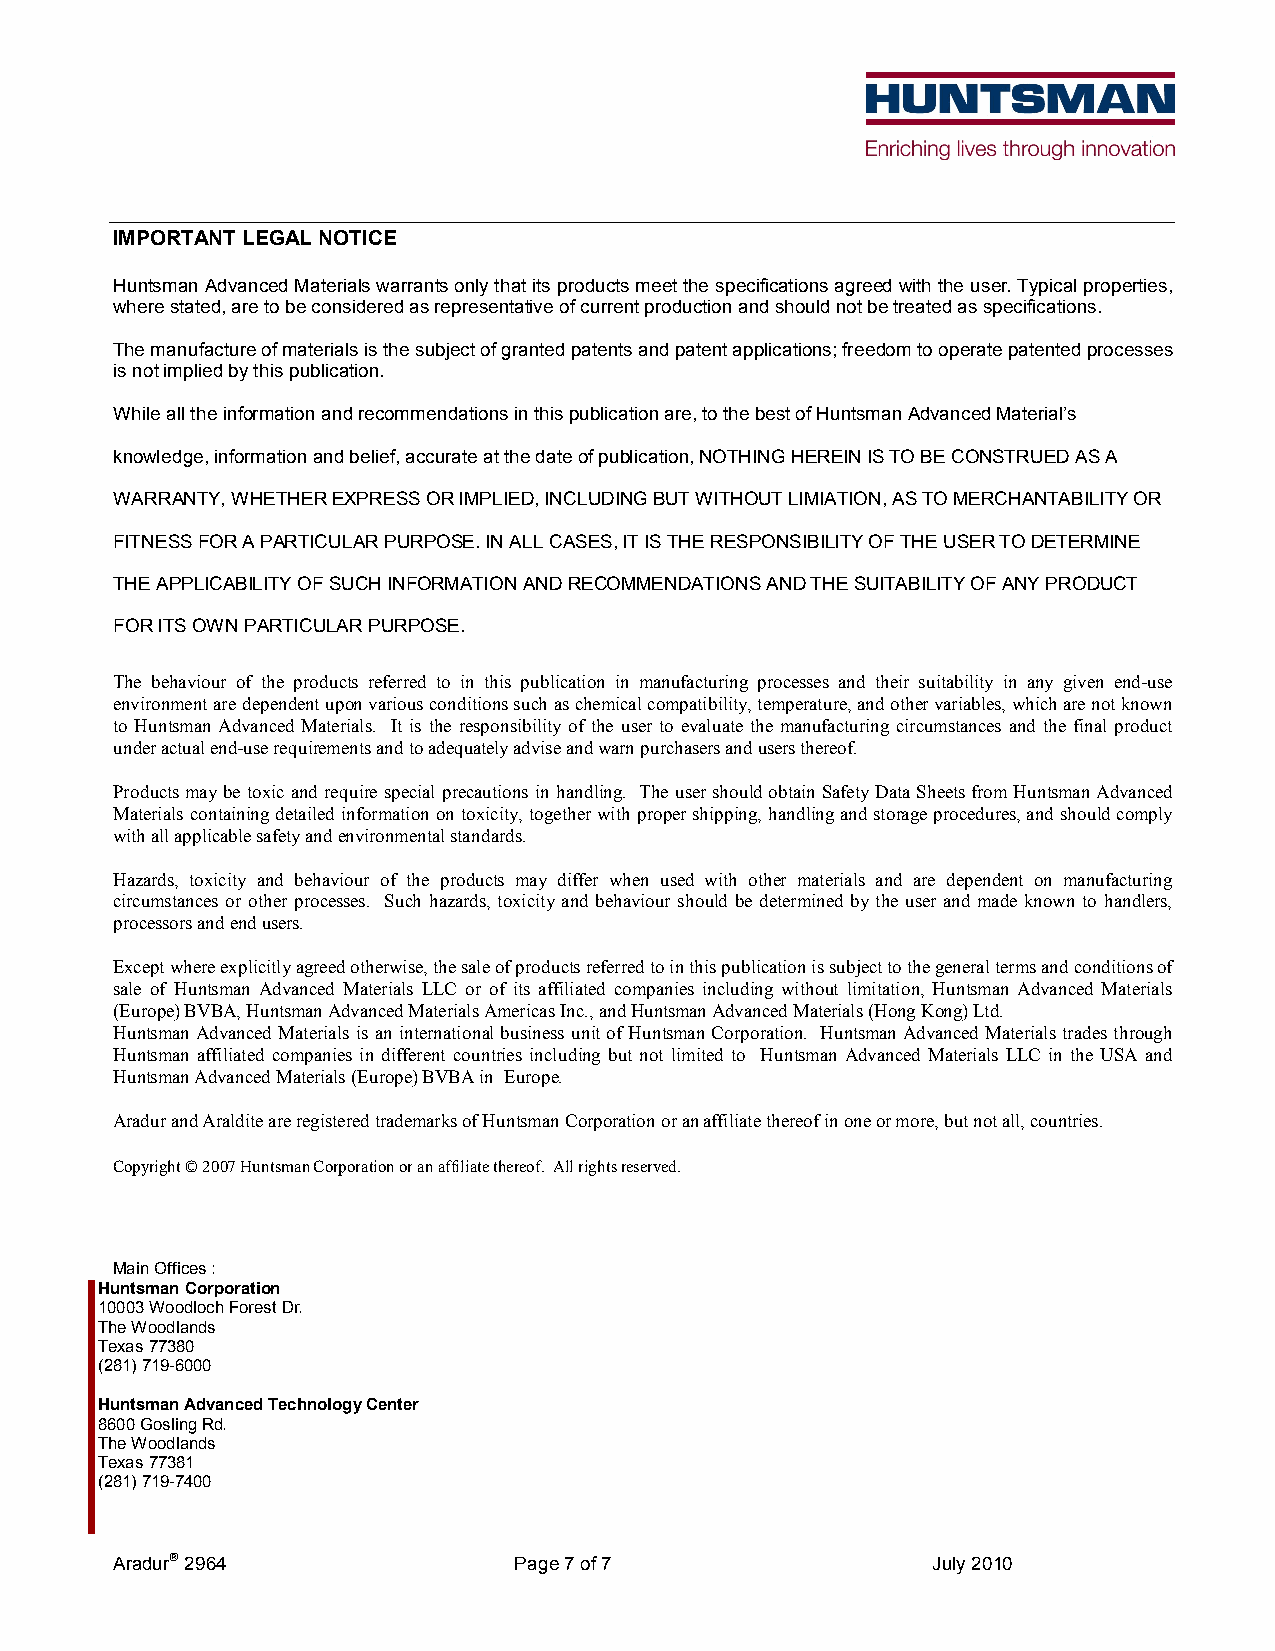
IMPORTANT LEGAL NOTICE
 Huntsman Advanced Materials warrants only that its products meet the specifications agreed with the user. Typical properties,
 where stated, are to be considered as representative of current production and should not be treated as specifications.
 The manufacture of materials is the subject of granted patents and patent applications; freedom to operate patented processes
 is not implied by this publication.
 While all the information and recommendations in this publication are, to the best of Huntsman Advanced Material’s
 knowledge, information and belief, accurate at the date of publication, NOTHING HEREIN IS TO BE CONSTRUED AS A
 WARRANTY, WHETHER EXPRESS OR IMPLIED, INCLUDING BUT WITHOUT LIMIATION, AS TO MERCHANTABILITY OR
 FITNESS FOR A PARTICULAR PURPOSE. IN ALL CASES, IT IS THE RESPONSIBILITY OF THE USER TO DETERMINE
 THE APPLICABILITY OF SUCH INFORMATION AND RECOMMENDATIONS AND THE SUITABILITY OF ANY PRODUCT
 FOR ITS OWN PARTICULAR PURPOSE.
 The behaviour of the products referred to in this publication in manufacturing processes and their suitability in any given end-use
 environment are dependent upon various conditions such as chemical compatibility, temperature, and other variables, which are not known
 to Huntsman Advanced Materials. It is the responsibility of the user to evaluate the manufacturing circumstances and the final product
 under actual end-use requirements and to adequately advise and warn purchasers and users thereof.
 Products may be toxic and require special precautions in handling. The user should obtain Safety Data Sheets from Huntsman Advanced
 Materials containing detailed information on toxicity, together with proper shipping, handling and storage procedures, and should comply
 with all applicable safety and environmental standards.
 Hazards, toxicity and behaviour of the products may differ when used with other materials and are dependent on manufacturing
 circumstances or other processes. Such hazards, toxicity and behaviour should be determined by the user and made known to handlers,
 processors and end users.
 Except where explicitly agreed otherwise, the sale of products referred to in this publication is subject to the general terms and conditions of
 sale of Huntsman Advanced Materials LLC or of its affiliated companies including without limitation, Huntsman Advanced Materials
 (Europe) BVBA, Huntsman Advanced Materials Americas Inc., and Huntsman Advanced Materials (Hong Kong) Ltd.
 Huntsman Advanced Materials is an international business unit of Huntsman Corporation. Huntsman Advanced Materials trades through
 Huntsman affiliated companies in different countries including but not limited to Huntsman Advanced Materials LLC in the USA and
 Huntsman Advanced Materials (Europe) BVBA in Europe.
 Aradur and Araldite are registered trademarks of Huntsman Corporation or an affiliate thereof in one or more, but not all, countries.
 Copyright © 2007 Huntsman Corporation or an affiliate thereof. All rights reserved.
 Main Offices :
 Huntsman Corporation
 10003 Woodloch Forest Dr.
 The Woodlands
 Texas 77380
 (281) 719-6000
 Huntsman Advanced Technology Center
 8600 Gosling Rd.
 The Woodlands
 Texas 77381
 (281) 719-7400
 Aradur 2964               Page 7 of 7                 July 2010